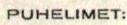
PUHELIMET: